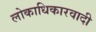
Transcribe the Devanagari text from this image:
लोकाधिकारवादी